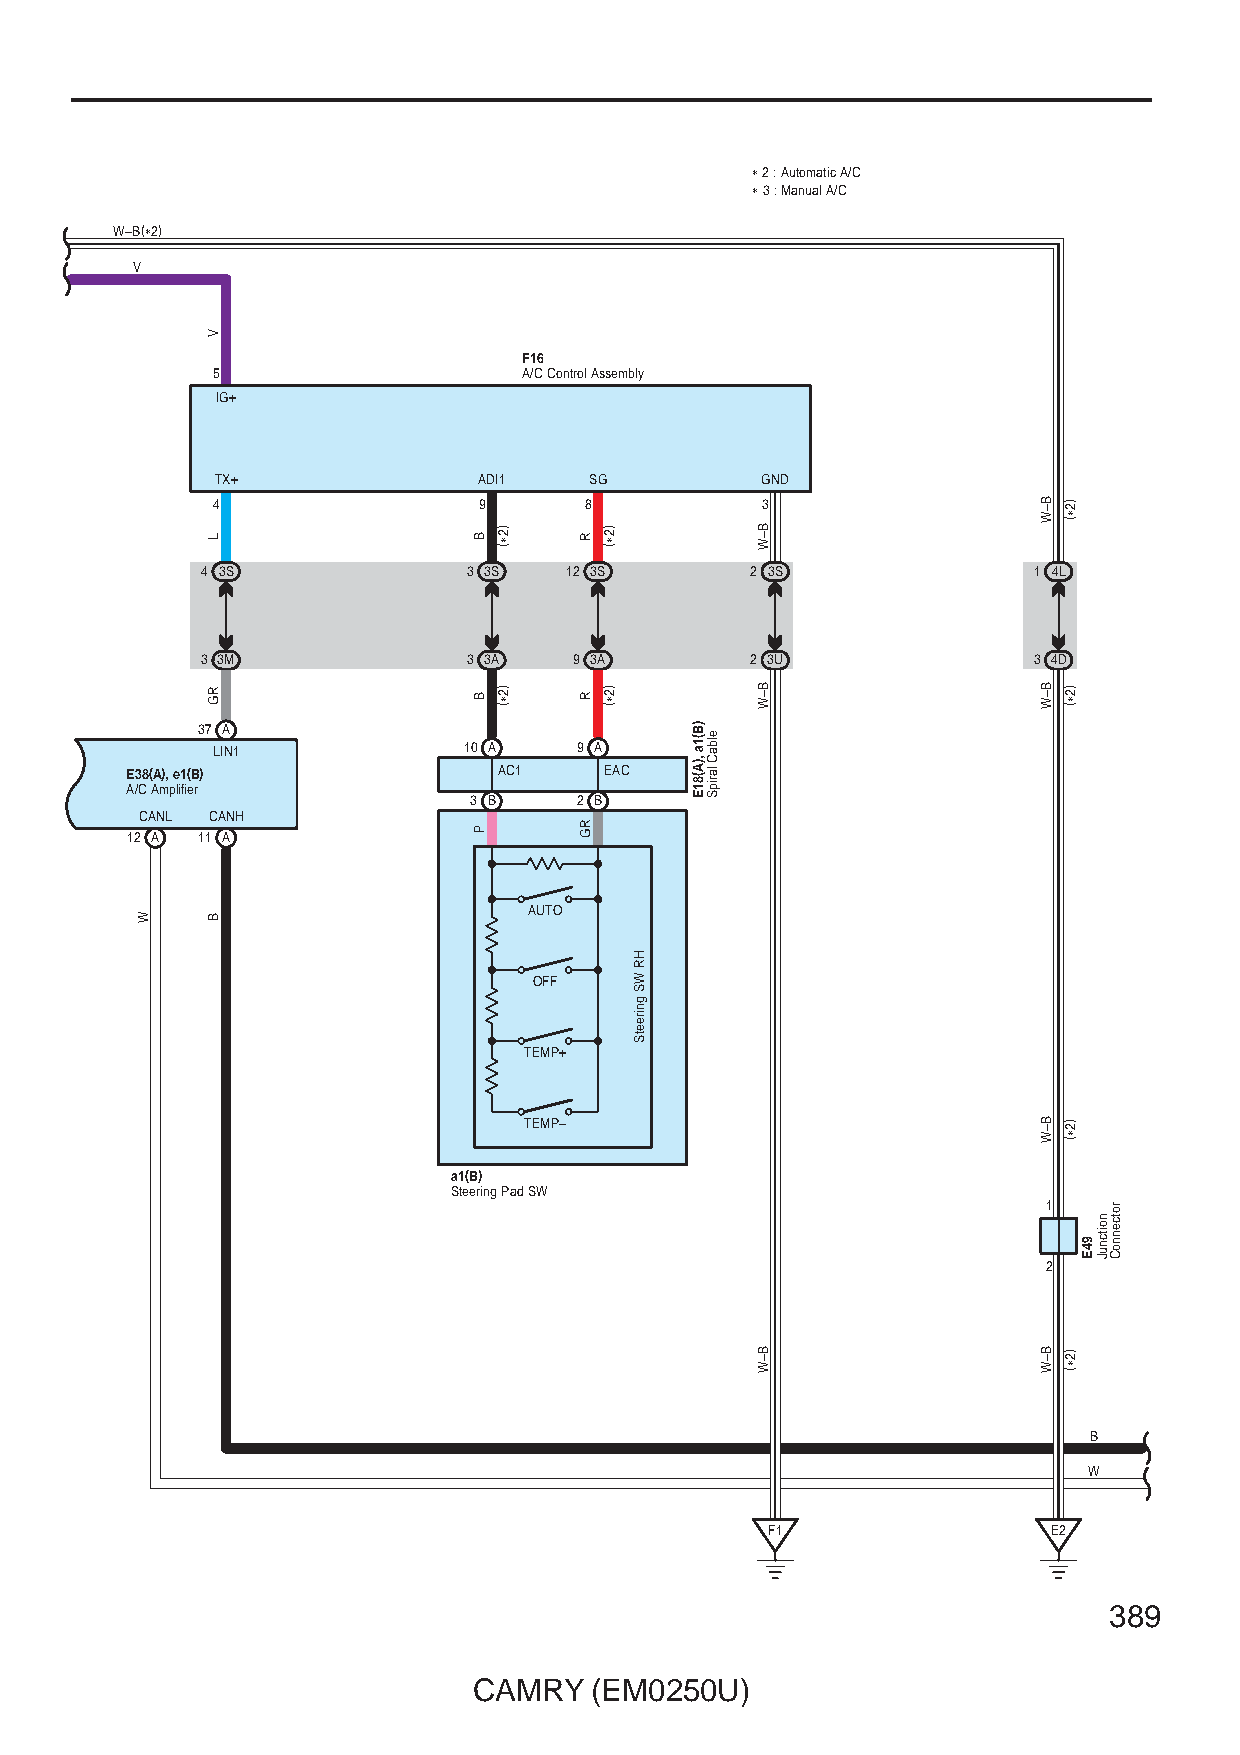
∗ 2 : Automatic A/C
 ∗ 3 : Manual A/C
 W–B(∗2)
 V
 F16
 5                    A/C Control Assembly
 IG+
 TX+               ADI1   SG         GND
 4                 9      8          3
 4 3S              3 3S  12 3S        2 3S              1 4L
 3 3M              3 3A   9 3A        2 3U              3 4D
 37 A
 LIN1             10 A   9 A
 E38(A), e1(B)            AC1    EAC
 A/C Amplifier
 3 B    2 B
 CANL CANH
 12 A 11 A
 AUTO
 OFF
 TEMP+
 TEMP–
 a1(B)
 Steering Pad SW
 1
 2
 B
 W
 F1                 E2
 389
 CAMRY   (EM0250U)
 W
 V
 L
 RG
 B
 B
 B
 P
 )2∗(
 )2∗(
 R
 R
 RG
 )2∗(
 )2∗(
 HR
 WS
 gnireetS
 )B(1a
 ,)A(81E
 elbaC
 laripS
 B–W
 B–W
 B–W
 B–W
 B–W
 B–W
 B–W
 )2∗(
 )2∗(
 )2∗(
 )2∗(
 94E
 noitcnuJ
 rotcennoC